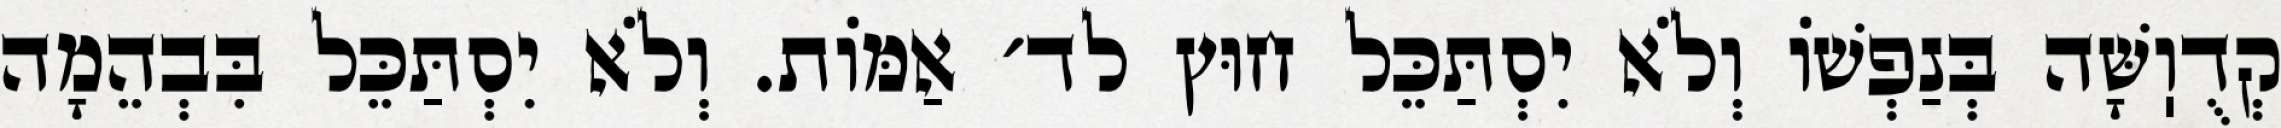
קְדֻוֽשָּׁה בְּנַפְשׁוֹ וְלֹא יִסְתַּכֵּל חוּץ לד׳ אַמּוֹת. וְלֹא יִסְתַּכֵּל בִּבְהֵמָה